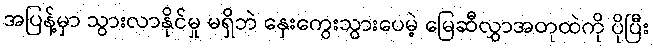
အပြန့်မှာ သွားလာနိုင်မှု မရှိဘဲ နှေးကွေးသွားပေမဲ့ မြေဆီလွှာအတုထဲကို ပိုပြီး